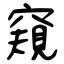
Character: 窺